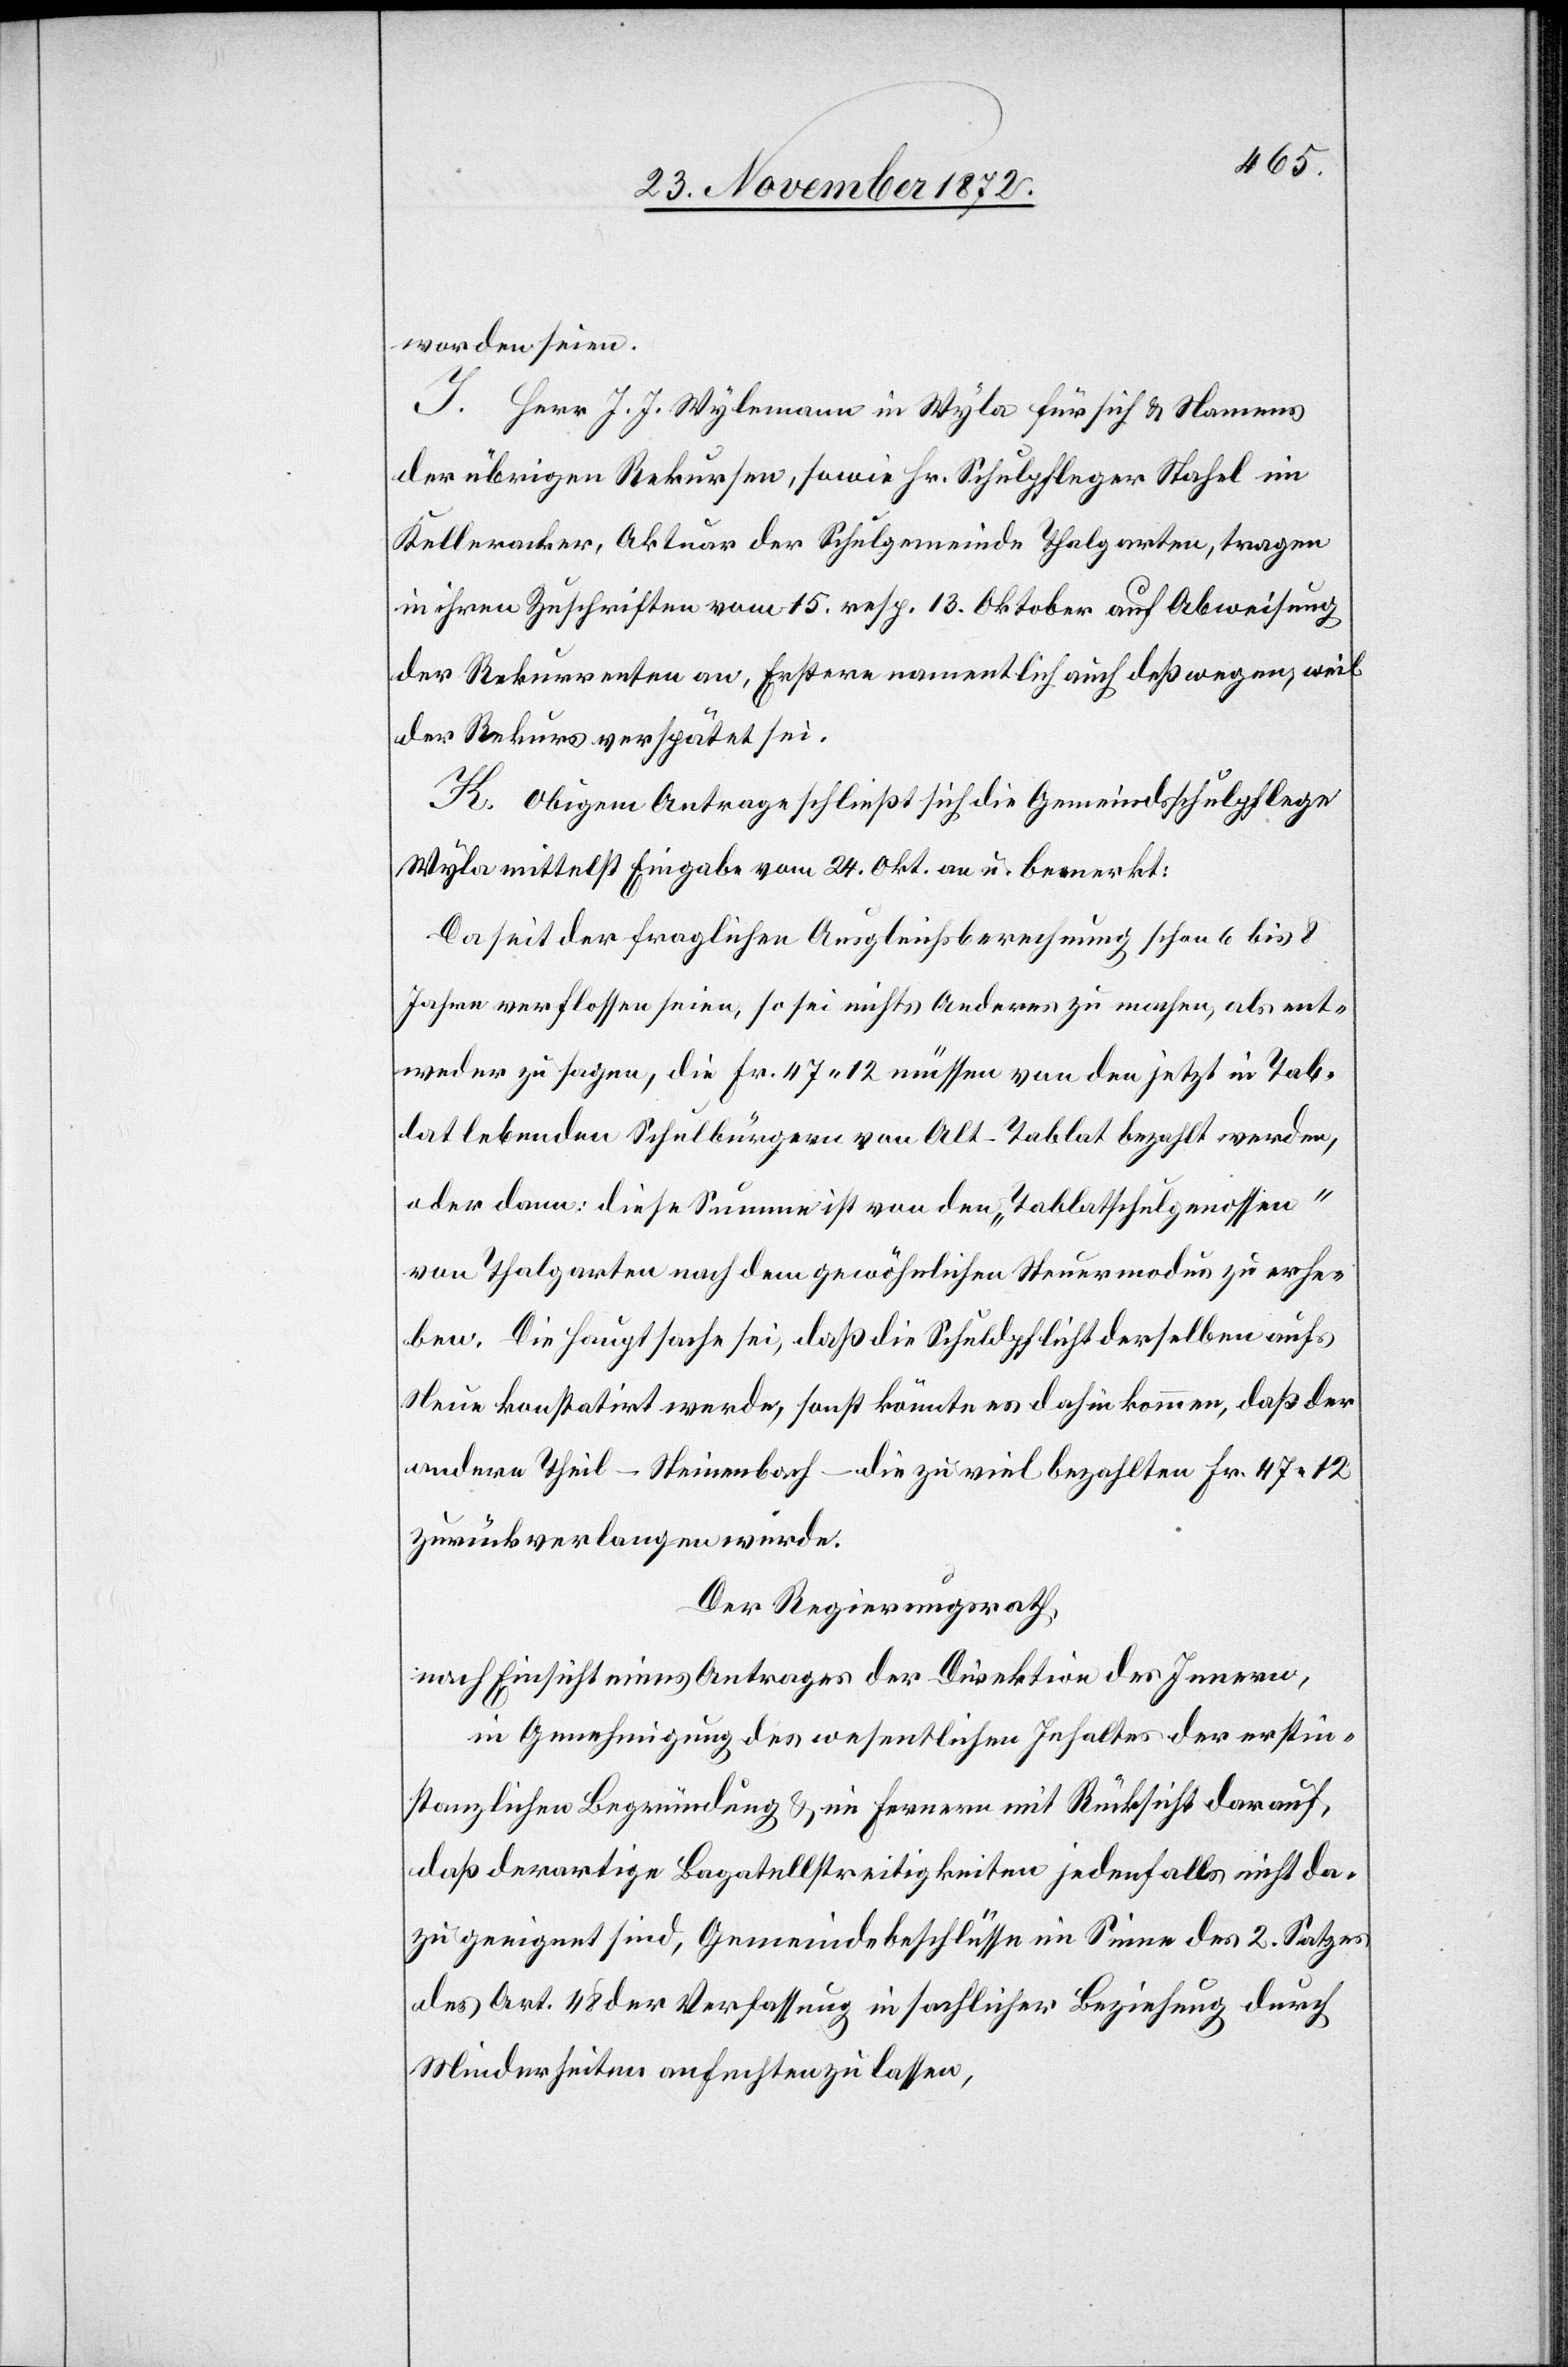
worden seien.
I. Herr J. J. Wylemann in Wyla für sich u. Namens
der übrigen Rekursen, sowie Hr. Schulpfleger Stahel im
Kelleracker, Aktuar der Schulgemeinde Thalgarten, tragen
in ihren Zuschriften vom 15. resp. 13. Oktober auf Abweisung
der Rekurrenten an, Erstere namentlich auch deßwegen, weil
der Rekurs verspätet sei.
K. Obigem Antrage schließt sich die Gemeindsschulpflege
Wyla mittelst Eingabe vom 24. Okt. an u. bemerkt:
Da seit der fraglichen Ausgleichsberechnung schon 6 bis 8
Jahre verflossen seien, so sei nichts Anderes zu machen, als ent¬
weder zu sagen, die Fr. 47 12 müssen von den jetzt in Tab¬
lat lebenden Schulbürgern von Alt-Tablat bezahlt werden,
oder dann: diese Summe ist von den „Tablatschulgenossen“
von Thalgarten nach dem gewöhnlichen Steuermodus zu erhe¬
ben. Die Hauptsache sei, daß die Schuldpflicht derselben aufs
Neue konstatirt werde, sonst könnte es dahin kommen, daß der
andere Theil – Steinenbach – die zu viel bezahlten Fr. 47 12
zurückverlangen würde.
Der Regierungsrath,
nach Einsicht eines Antrages der Direktion des Innern,
in Genehmigung des wesentlichen Inhaltes der erstin¬
stanzlichen Begründung u. im Fernern mit Rücksicht darauf,
daß derartige Bagatellstreitigkeiten jedenfalls nicht da¬
zu geeignet sind, Gemeindebeschlüsse im Sinne des 2. Satzes
des Art. 48 der Verfassung in sachlicher Beziehung durch
Minderheiten anfechten zu lassen,